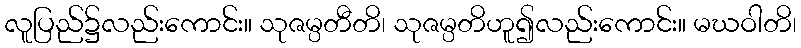
လူပြည်၌လည်းကောင်း။ သုဇမ္ပတီတိ၊ သုဇမ္ပတိဟူ၍လည်းကောင်း။ မဃဝါတိ၊